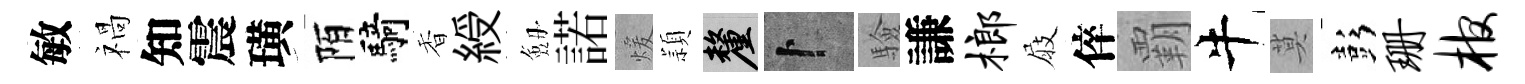
敏禍知震璜陌騎香綬劔諾煖頴厘卜驗謙榔屐倅覇牛莫彭珊棺